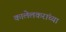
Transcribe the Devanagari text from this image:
कालेलकरांच्या